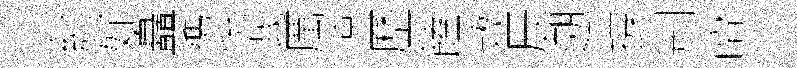
紂好矗隲恱㘽厲涼歷饁敕辰遡撐刑喧